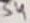
Text: S4